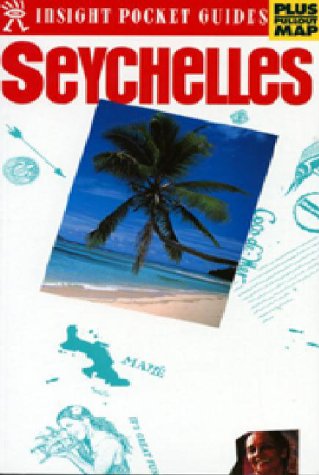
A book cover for Insight Pocket Guide Seychelles (Insight Pocket Guides Seychelles); Judith Skerrett; Travel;